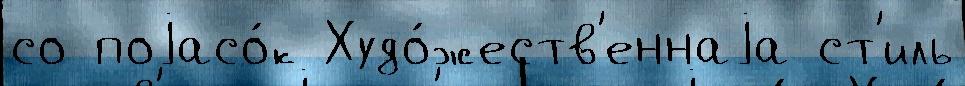
со поjасо́к Худо́жеств'еннаjа ст'иль